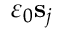
\varepsilon _ { 0 } \mathbf { s } _ { j }